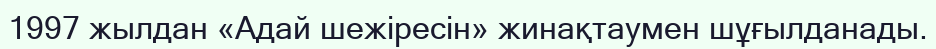
1997 жылдан «Адай шежіресін» жинақтаумен шұғылданады.